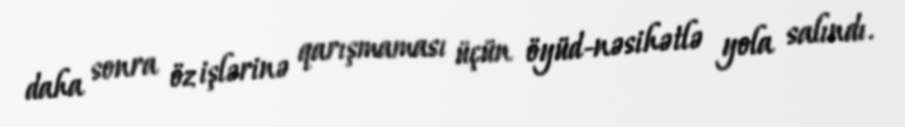
daha sonra öz işlərinə qarışmaması üçün öyüd-nəsihətlə yola salındı.